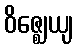
ဝိဇ္ဈေယျ